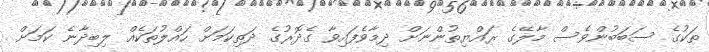
ތަކުގެ ސަބަބުންވެސް މާލޭގެ ރައްޔިތުންނަށް ދިމާވެފައިވާ ގެދޮރުގެ ދަތިކަމަށް ހައްލުތަކެއް ލިބިދާނެ ކަމަށް